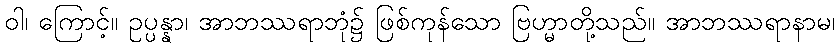
ဝါ၊ ကြောင့်။ ဥပ္ပန္နာ၊ အာဘဿရာဘုံ၌ ဖြစ်ကုန်သော ဗြဟ္မာတို့သည်။ အာဘဿရာနာမ၊